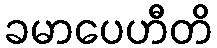
ခမာပေဟီတိ